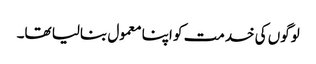
لوگوں کی خدمت کو اپنا معمول بنالیا تھا۔